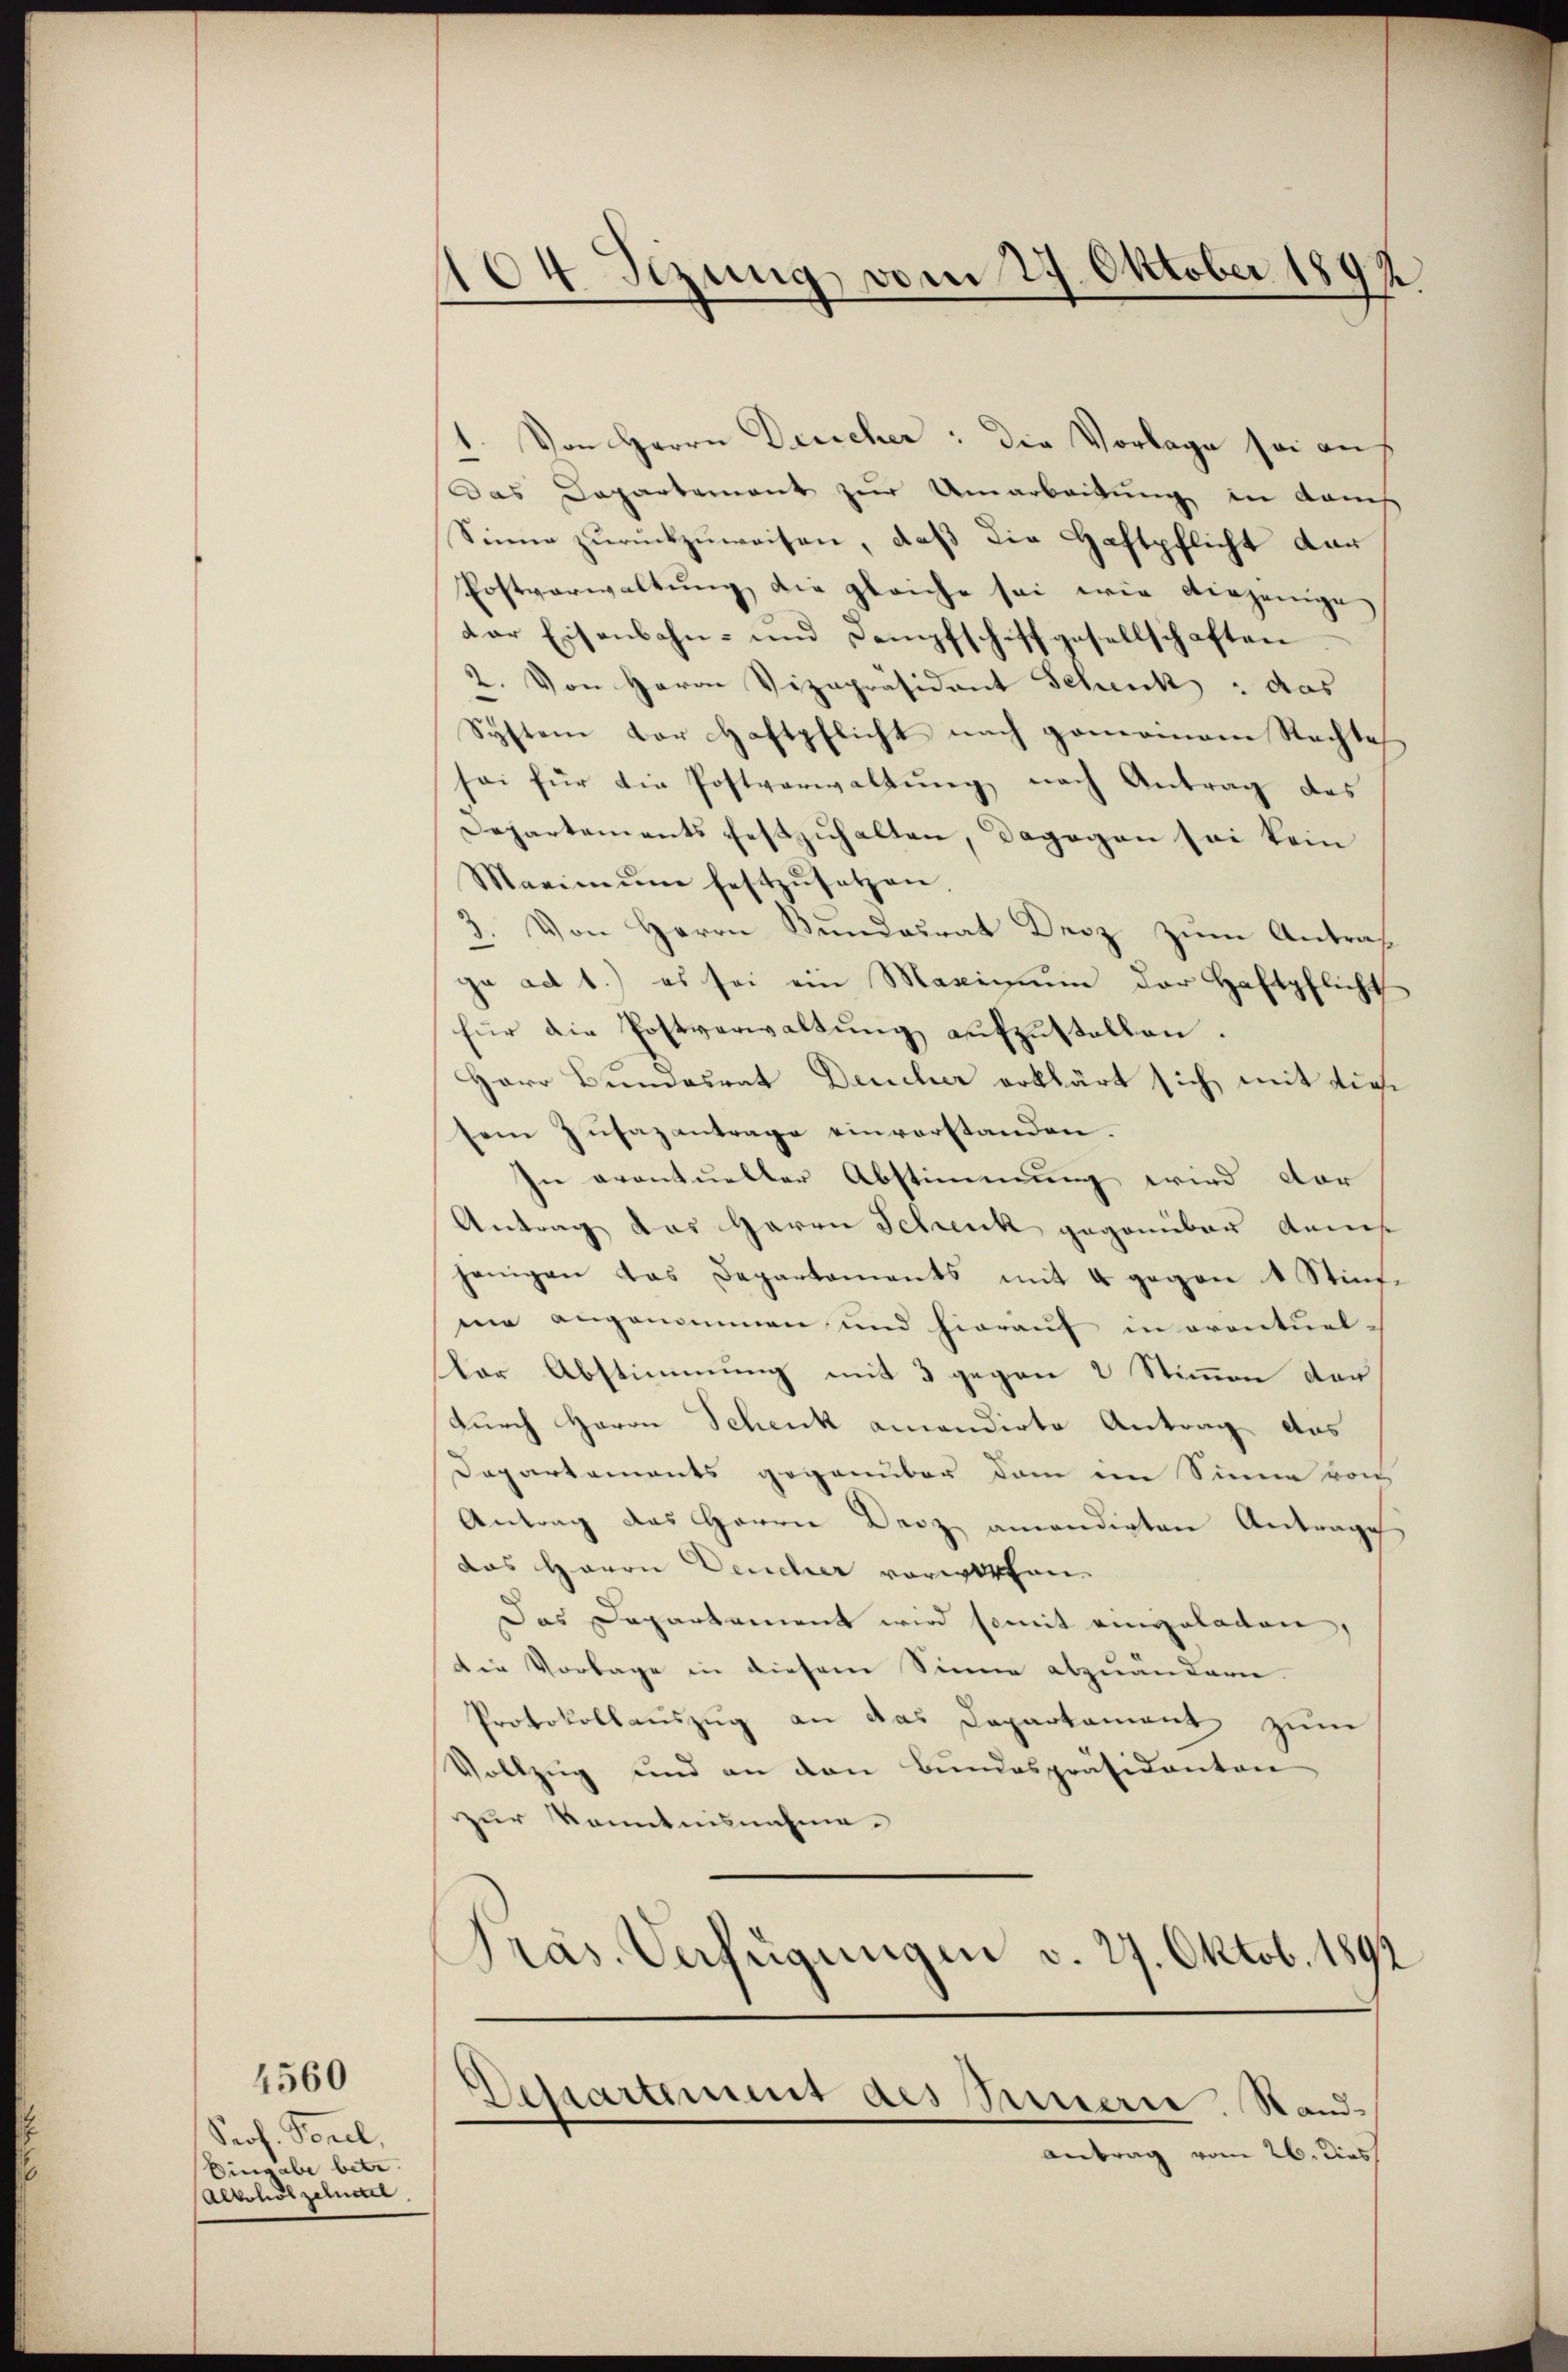
4560

Prof. Perel,
Eingabe betre
Alkoholzelustel

104 Sezung vom 29. Oktober 1892

1. Von Herrn Direcher: die Vorlage sei an
Das Departement zur Umarbeitung in dans
Sinne zŭrückzuweisen, daß die Haftpflicht dar
Postverwaltung die gleiche sei wie verjenige
dar Eisenbahn- und Dampfschiffgesellschaften
2. Von Herrn Vizepräsident Schenck : das
System der Haftpflicht nach generinem Rechte,
sei für die Postverwaltŭng nach Antrag des
Departements festzuhalten, dagegen sei kein
Maeimŭm festzusetzen.
3. Von Herrn Bundesrat Droz zum Antraga ad 1.) es sei ein Maximum der Haftpflicht
für die Postverwaltung aufzustellen.
Herr Bundesrat Deucher erklärt sich mit dietem Zŭsazantrage einvorstanden.
In eventueller Abstimmung wird der
Antrag das Herrn Schenk gegenüber denen
jenigen das Departaments mit 4 gegen 4 Stiṁ-
me angenommen und hierauf in oventuel-
Vor Abstimmung mit 3 gegen 2 Stimmen der
durch Herrn Schenk ancandirte Antrag das
Dapartements gegenüber dam im Sinne von
Antrag des Herrn Decz anwendigten Antrage
das Herrn Deucher vorwarten.
Das Departament wird somit eingeladen,
Die Vorlage in diesem Sinne abzuändern.
Protokollauszug an das Departament zum
Vollzug und an den Bundespräsidanton
zur Kenntnisnahme.
Präs. Verfügungen v. 27. Oktob. 1892

Dessartement des Innern Stand¬

antrag vom 26. dies